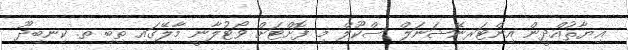
ޣިޔާޘުއްދީން އިންޓަރނޭޝަނަލް ސްކޫލް މި ފޮށްޓަށް ވޯޓުލާނީ މާލޭގައި ތިބި ތ. ކިނބިދޫ